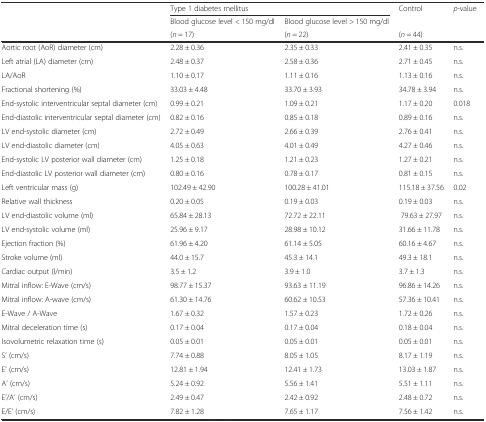
<table><thead><tr><td rowspan="3"></td><td colspan="2"><b>Type 1 diabetes mellitus</b></td><td><b>Control</b></td><td rowspan="3"><b><i>p</i>-value</b></td></tr><tr><td><b>Blood glucose level &lt; 150 mg/dl</b></td><td><b>Blood glucose level &gt; 150 mg/dl</b></td><td></td></tr><tr><td><b>(<i>n</i> = 17)</b></td><td><b>(<i>n</i> = 22)</b></td><td><b>(<i>n</i> = 44)</b></td></tr></thead><tbody><tr><td>Aortic root (AoR) diameter (cm)</td><td>2.28 ± 0.36</td><td>2.35 ± 0.33</td><td>2.41 ± 0.35</td><td>n.s.</td></tr><tr><td>Left atrial (LA) diameter (cm)</td><td>2.48 ± 0.37</td><td>2.58 ± 0.36</td><td>2.71 ± 0.45</td><td>n.s.</td></tr><tr><td>LA/AoR</td><td>1.10 ± 0.17</td><td>1.11 ± 0.16</td><td>1.13 ± 0.16</td><td>n.s.</td></tr><tr><td>Fractional shortening (%)</td><td>33.03 ± 4.48</td><td>33.70 ± 3.93</td><td>34.78 ± 3.94</td><td>n.s.</td></tr><tr><td>End-systolic interventricular septal diameter (cm)</td><td>0.99 ± 0.21</td><td>1.09 ± 0.21</td><td>1.17 ± 0.20</td><td>0.018</td></tr><tr><td>End-diastolic interventricular septal diameter (cm)</td><td>0.82 ± 0.16</td><td>0.85 ± 0.18</td><td>0.89 ± 0.16</td><td>n.s.</td></tr><tr><td>LV end-systolic diameter (cm)</td><td>2.72 ± 0.49</td><td>2.66 ± 0.39</td><td>2.76 ± 0.41</td><td>n.s.</td></tr><tr><td>LV end-diastolic diameter (cm)</td><td>4.05 ± 0.63</td><td>4.01 ± 0.49</td><td>4.27 ± 0.46</td><td>n.s.</td></tr><tr><td>End-systolic LV posterior wall diameter (cm)</td><td>1.25 ± 0.18</td><td>1.21 ± 0.23</td><td>1.27 ± 0.21</td><td>n.s.</td></tr><tr><td>End-diastolic LV posterior wall diameter (cm)</td><td>0.80 ± 0.16</td><td>0.78 ± 0.17</td><td>0.81 ± 0.15</td><td>n.s.</td></tr><tr><td>Left ventricular mass (g)</td><td>102.49 ± 42.90</td><td>100.28 ± 41.01</td><td>115.18 ± 37.56</td><td>0.02</td></tr><tr><td>Relative wall thickness</td><td>0.20 ± 0.05</td><td>0.19 ± 0.03</td><td>0.19 ± 0.03</td><td>n.s.</td></tr><tr><td>LV end-diastolic volume (ml)</td><td>65.84 ± 28.13</td><td>72.72 ± 22.11</td><td>79.63 ± 27.97</td><td>n.s.</td></tr><tr><td>LV end-systolic volume (ml)</td><td>25.96 ± 9.17</td><td>28.98 ± 10.12</td><td>31.66 ± 11.78</td><td>n.s.</td></tr><tr><td>Ejection fraction (%)</td><td>61.96 ± 4.20</td><td>61.14 ± 5.05</td><td>60.16 ± 4.67</td><td>n.s.</td></tr><tr><td>Stroke volume (ml)</td><td>44.0 ± 15.7</td><td>45.3 ± 14.1</td><td>49.3 ± 18.1</td><td>n.s.</td></tr><tr><td>Cardiac output (l/min)</td><td>3.5 ± 1.2</td><td>3.9 ± 1.0</td><td>3.7 ± 1.3</td><td>n.s.</td></tr><tr><td>Mitral inflow: E-Wave (cm/s)</td><td>98.77 ± 15.37</td><td>93.63 ± 11.19</td><td>96.86 ± 14.26</td><td>n.s.</td></tr><tr><td>Mitral inflow: A-wave (cm/s)</td><td>61.30 ± 14.76</td><td>60.62 ± 10.53</td><td>57.36 ± 10.41</td><td>n.s.</td></tr><tr><td>E-Wave / A-Wave</td><td>1.67 ± 0.32</td><td>1.57 ± 0.23</td><td>1.72 ± 0.26</td><td>n.s.</td></tr><tr><td>Mitral deceleration time (s)</td><td>0.17 ± 0.04</td><td>0.17 ± 0.04</td><td>0.18 ± 0.04</td><td>n.s.</td></tr><tr><td>Isovolumetric relaxation time (s)</td><td>0.05 ± 0.01</td><td>0.05 ± 0.01</td><td>0.05 ± 0.01</td><td>n.s.</td></tr><tr><td>S’ (cm/s)</td><td>7.74 ± 0.88</td><td>8.05 ± 1.05</td><td>8.17 ± 1.19</td><td>n.s.</td></tr><tr><td>E’ (cm/s)</td><td>12.81 ± 1.94</td><td>12.41 ± 1.73</td><td>13.03 ± 1.87</td><td>n.s.</td></tr><tr><td>A’ (cm/s)</td><td>5.24 ± 0.92</td><td>5.56 ± 1.41</td><td>5.51 ± 1.11</td><td>n.s.</td></tr><tr><td>E’/A’ (cm/s)</td><td>2.49 ± 0.47</td><td>2.42 ± 0.92</td><td>2.48 ± 0.72</td><td>n.s.</td></tr><tr><td>E/E’ (cm/s)</td><td>7.82 ± 1.28</td><td>7.65 ± 1.17</td><td>7.56 ± 1.42</td><td>n.s.</td></tr></tbody></table>